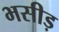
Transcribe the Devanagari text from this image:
भसीड़